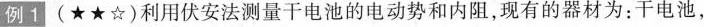
例1 (★★☆)利用伏安法测量干电池的电动势和内阻，现有的器材为：干电池，